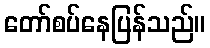
တော်စပ်နေပြန်သည်။